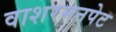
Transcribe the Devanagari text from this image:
वाशरमनपेट